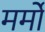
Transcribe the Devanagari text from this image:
मर्मों